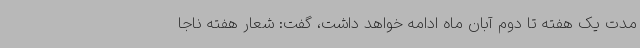
مدت یک هفته تا دوم آبان ماه ادامه خواهد داشت، گفت: شعار هفته ناجا